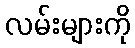
လမ်းများကို